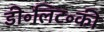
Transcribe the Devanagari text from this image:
डी॰लिट॰की